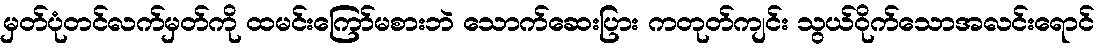
မှတ်ပုံတင်လက်မှတ်ကို ထမင်းကြော်မစားဘဲ သောက်ဆေးပြား ကတုတ်ကျင်း သွယ်ဝိုက်သောအလင်းရောင်